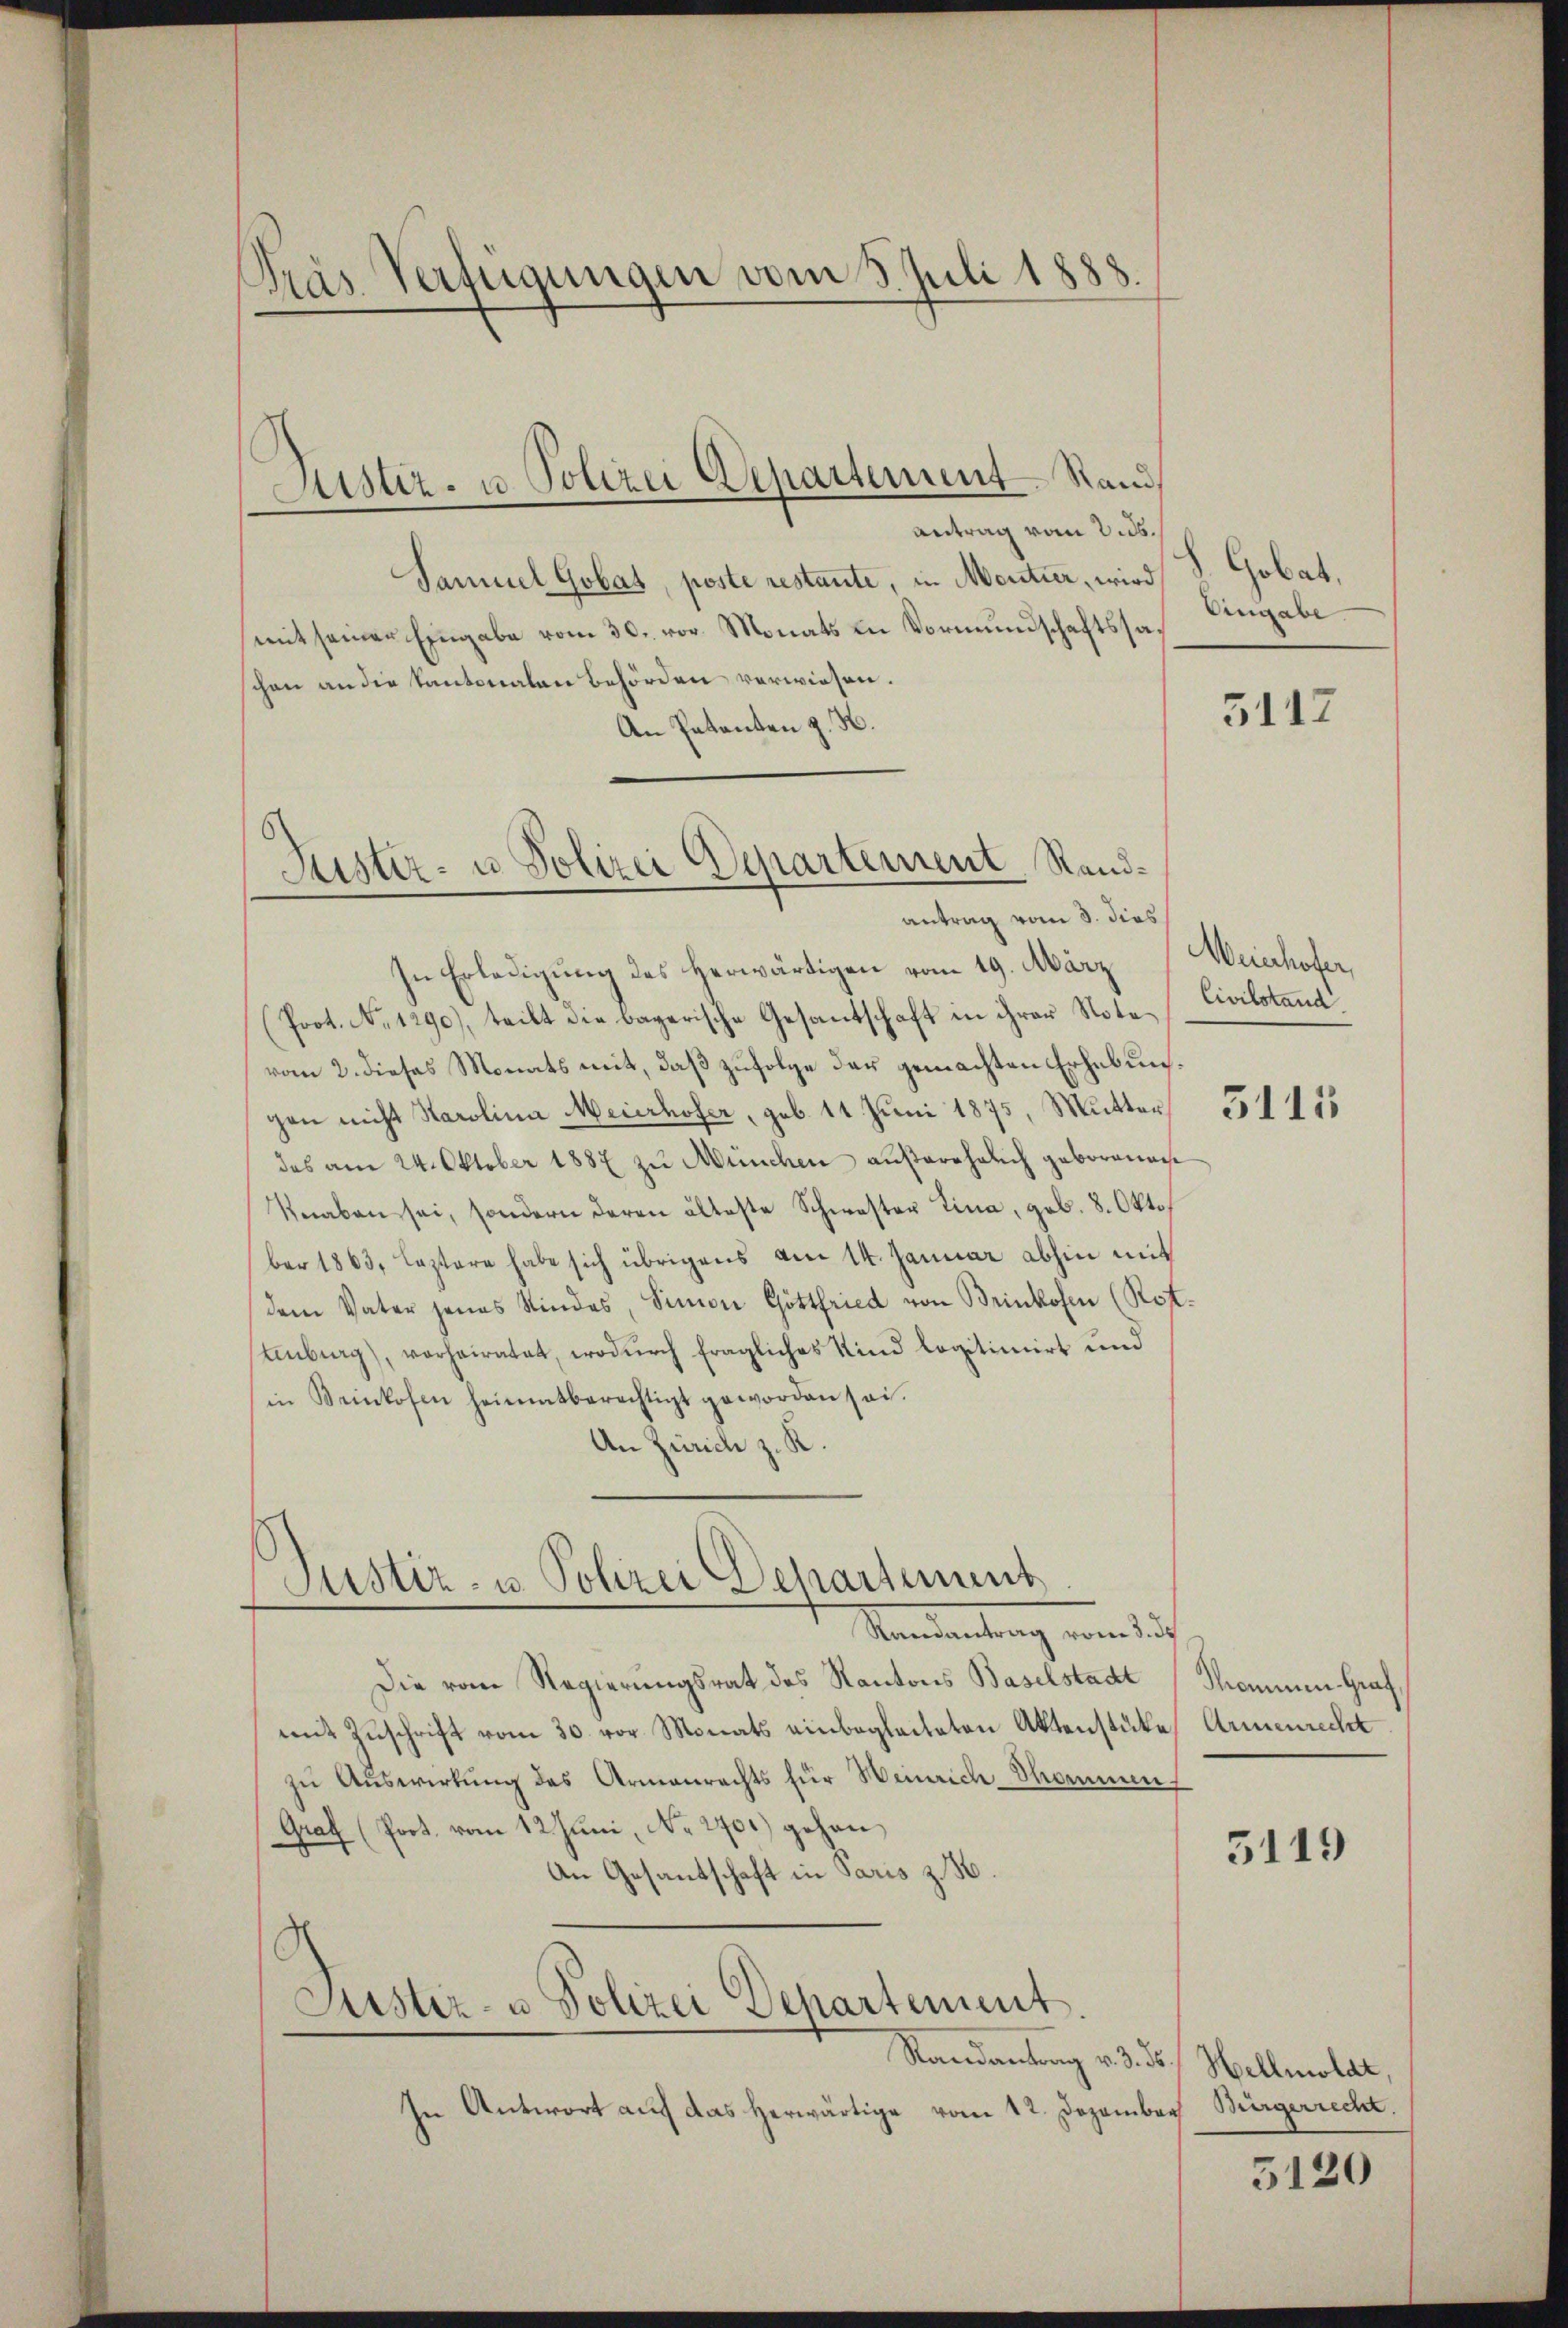
Pras Verfügungen vom 3. Juli 1888.

Justiz- u Polizei Departement Stand

Puster- u Polizei Departement Randantrag vom 3. dies

Antrag vom 2. ds.
Samuel Gobas, poste restante, in Mentier, wird S. Gobat,
mit seinen Eingabe vom 30. vor. Monats in Vormundschaftssaschon an die Kantonalen Behörden verwiesen.
An Patenten z. H.
In Erledigung des herwärtigen vom 19. März
(Prot. No. 1290), teilt die bayerische Gesantschaft in ihrer Notevom 2. dieses Monats mit, daß zufolge der gemachten Erhebungen nicht Karolina Meierhofer, geb. 11 Juni 1875, Mutter,
das am 24. Oktober 1887 zu München außerehelich geborenen
Knaben sei, sondern deren älteste Schwester Lina, geb. 8. Okto
ber 1863, Leztere habe sich übrigens am 14. Januar abhin mit
dem Vater jenes Kindes, Simon Gottfried von Brinkofen (Rottenburg), vorheiratet, wodŭrch fragliches Kind logitimirt und
in Beinkofen heimatberechtigt geworden sei.
An Zürich z. K.

Justiz- u. Polizei Departement

Mandantung von dich
Die vom Regierungsrat des Kantons Baselstadt Sommen-Graf
mit Zuschrift vom 30. vor Monats einbegleiteten Aktenstüke
zu Auswirkung des Armenrechts für Weinrich Thommen
Graf (Prot. vom 12. Juni, No. 2701) gehen
An Gesantschaft in Paris z. B
Justiz- u Polizei Departement

Randantrag v. 3. 15.

In Antwort auf das herwärtige vom 12. Dezember Bürgerrecht

Eingabe

5117

Meinhofer,
Civilstand.

5115

Armenrecht

5119

Hellmoldt

5120